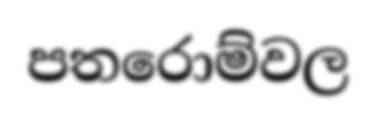
පතරොම්වල